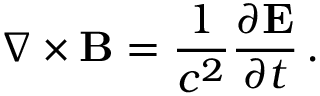
\nabla \times \mathbf { B } = { \frac { 1 } { c ^ { 2 } } } { \frac { \partial \mathbf { E } } { \partial t } } \, .